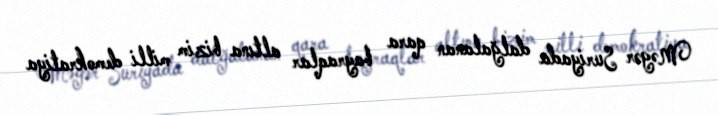
Məgər Suriyada dalğalanan qara bayraqlar altına bizim milli demokratiya